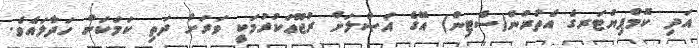
އަދި ކޮމްޕިޔުޓަރގެ އެތުރުން(ސެޓިން) އޭގެ އަޞްލަށް ރުޖޫޢަކުރުމަކީ ވަރަށް ދަތި ކަމަކަށް ހަދާލައެވެ.